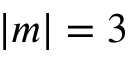
| m | = 3